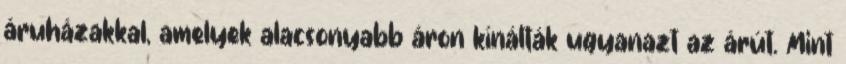
áruházakkal, amelyek alacsonyabb áron kínálták ugyanazt az árút. Mint